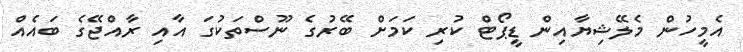
އެމީހުން މެލޭޝިޔާއިން ޑީޕޯޓް ކުރި ކަމަށް ބޭރުގެ ނޫސްތަކުގަ އާއި ރާއްޖޭގެ ބައެއް